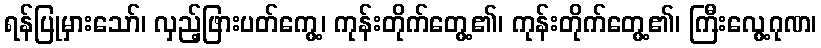
ရန်ပြုမှားသော်၊ လှည့်ဖြားပတ်ကွေ့၊ ကုန်းတိုက်တွေ့၏၊ ကုန်းတိုက်တွေ့၏၊ ကြီးလွေ့ဂုဏ၊